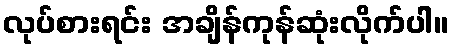
လုပ်စားရင်း အချိန်ကုန်ဆုံးလိုက်ပါ။